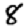
Digit: 8